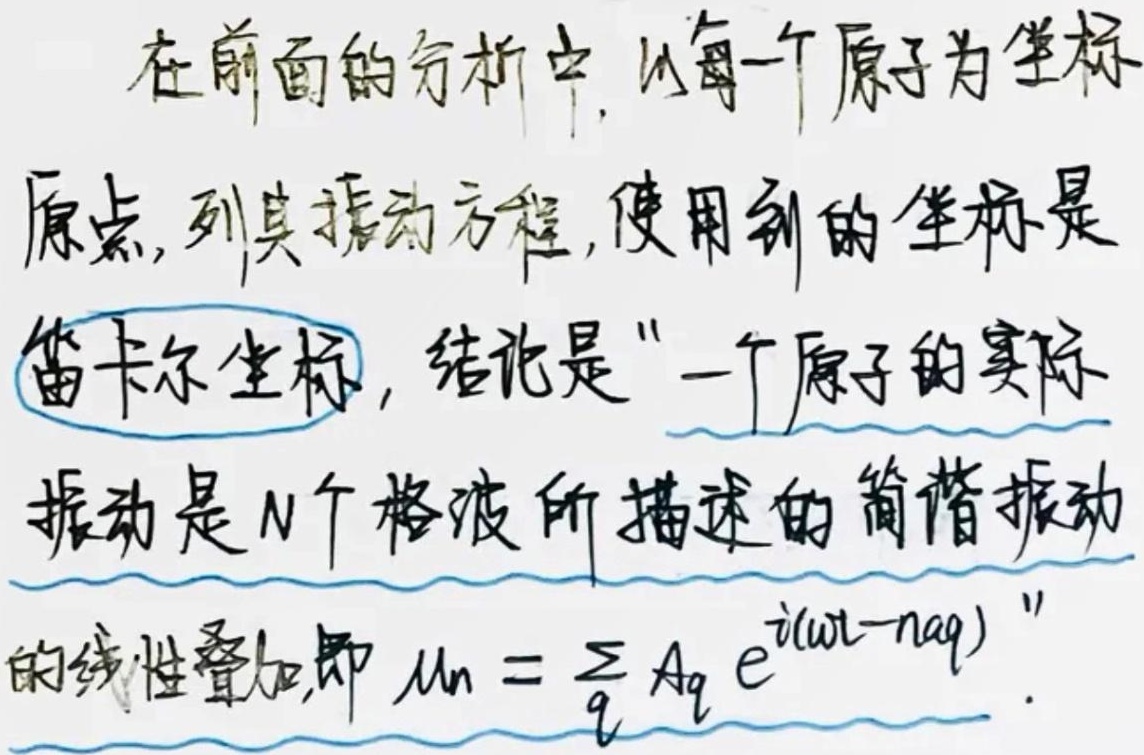
在前面的分析中，以每一个原子为坐标原点，列其振动方程，使用到的坐标是笛卡尔坐标，结论是 “一个原子的实际振动是\(N\)个格波所描述的简谐振动的线性叠加，即\(u_{n}=\sum_{q}A_{q}e^{i(\omega t - n\alpha q)}\)”。